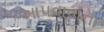
આપવાવાના